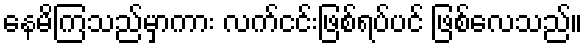
နေမိကြသည်မှာကား လက်ငင်းဖြစ်ရပ်ပင် ဖြစ်လေသည်။